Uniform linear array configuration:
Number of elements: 12
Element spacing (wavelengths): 0.75
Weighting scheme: hamming
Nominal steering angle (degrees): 30
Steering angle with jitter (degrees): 31.643
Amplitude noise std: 0.05
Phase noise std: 0.05

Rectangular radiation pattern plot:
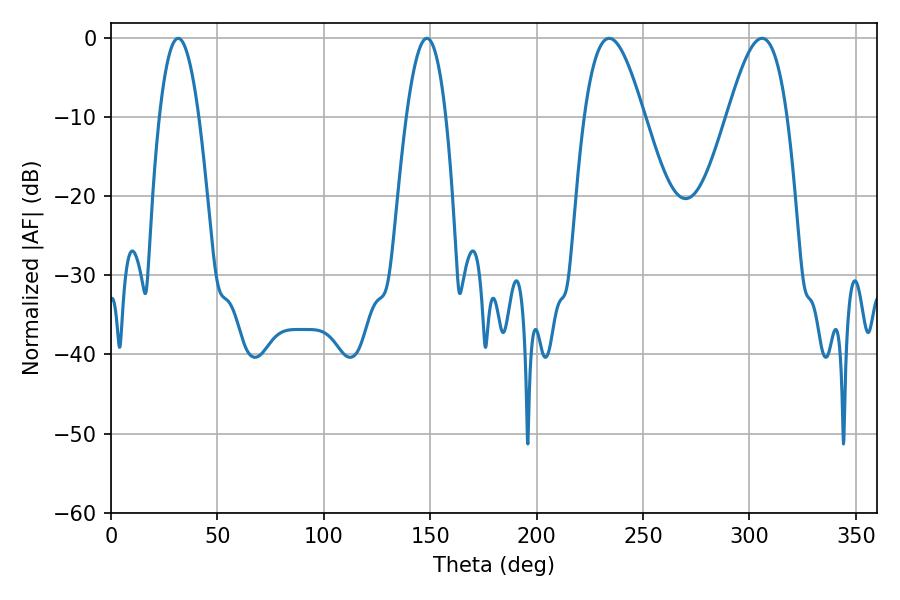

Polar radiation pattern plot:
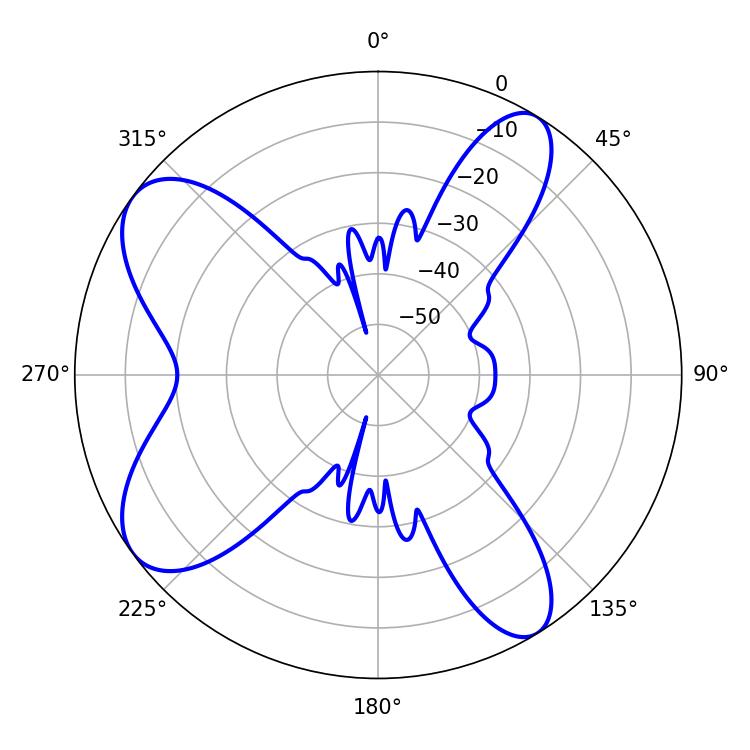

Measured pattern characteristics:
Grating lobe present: TRUE
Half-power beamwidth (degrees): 15.3
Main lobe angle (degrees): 234